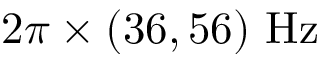
2 \pi \times ( 3 6 , 5 6 ) \ \mathrm { H z }